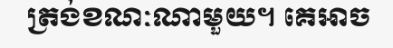
ត្រង់ខណៈណាមួយ។ គេអាច